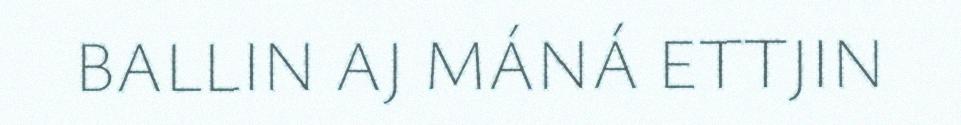
BALLIN AJ MÁNÁ ETTJIN